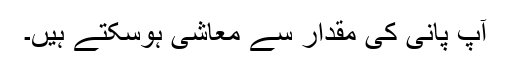
آپ پانی کی مقدار سے معاشی ہوسکتے ہیں۔